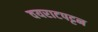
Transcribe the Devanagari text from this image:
वयराटपट्टन